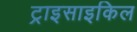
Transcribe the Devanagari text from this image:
ट्राइसाइकिल